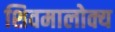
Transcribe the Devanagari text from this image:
शिवमालोक्य